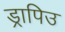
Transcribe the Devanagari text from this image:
ड्रापिउ